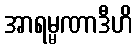
အာရမ္မဏာဒီဟိ